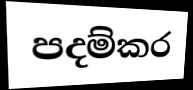
පදම්කර